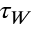
\tau _ { W }